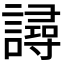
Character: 𧫿